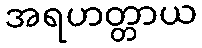
အရဟတ္တာယ